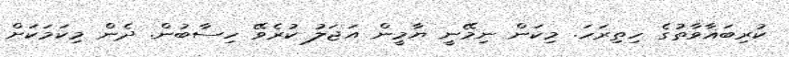
ކުރިބަޣާވާތުގެ ހިތިރަހަ. މިކަން ނިމޭނީ ޔާމީން އަޖަލު ކުރެވޭ ހިސާބުން. ދެން މިކަަމަކަށް